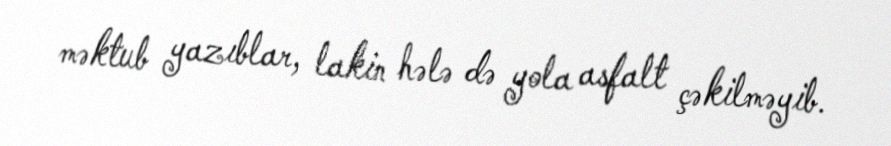
məktub yazıblar, lakin hələ də yola asfalt çəkilməyib.